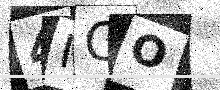
Text: 4ICO